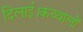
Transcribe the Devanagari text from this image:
दिलाई।कव्वालों